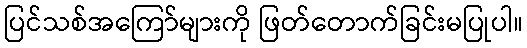
ပြင်သစ်အကြော်များကို ဖြတ်တောက်ခြင်းမပြုပါ။